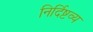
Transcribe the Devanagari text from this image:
निर्दिष्टव्य